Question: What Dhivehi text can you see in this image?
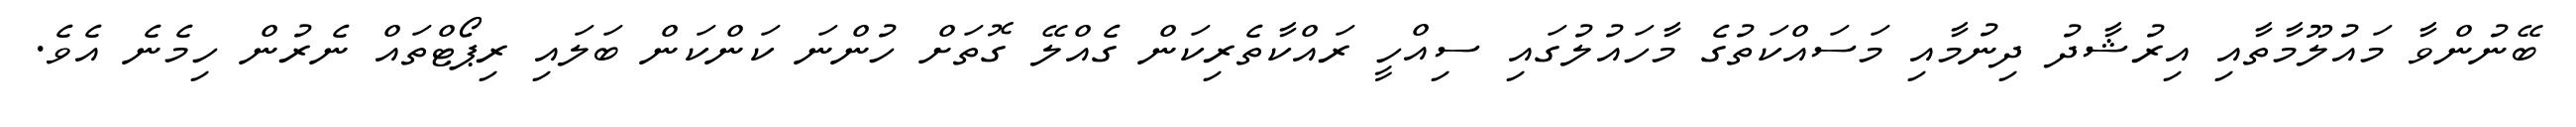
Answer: ބޭނުންވާ މައުލޫމާތާއި އިރުޝާދު ދިނުމާއި މަސައްކަތުގެ މާހައުލުގައި ސިއްހީ ރައްކާތެރިކަން ގެއްލޭ ގޮތަށް ހުންނަ ކަންކަން ބަލައި ރިޕޯޓްތައް ނެރުން ހިމެނެ އެވެ.